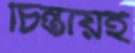
চিন্তায়ই